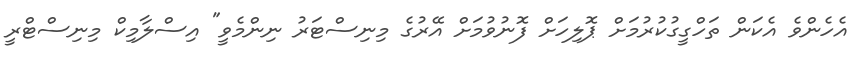
އެހެންވެ އެކަން ތަހްގީގުކުރުމަށް ޕޮލިހަށް ފޮނުވުމަށް އޭރުގެ މިނިސްޓަރު ނިންމެވީ" އިސްލާމިކް މިނިސްޓްރީ